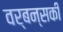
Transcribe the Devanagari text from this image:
वर्बन्सकी